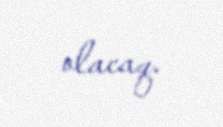
olacaq.